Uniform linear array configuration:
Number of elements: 48
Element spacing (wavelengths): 0.5
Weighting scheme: uniform
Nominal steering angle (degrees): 60
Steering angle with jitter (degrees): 58.118
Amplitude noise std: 0.05
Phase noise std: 0.05

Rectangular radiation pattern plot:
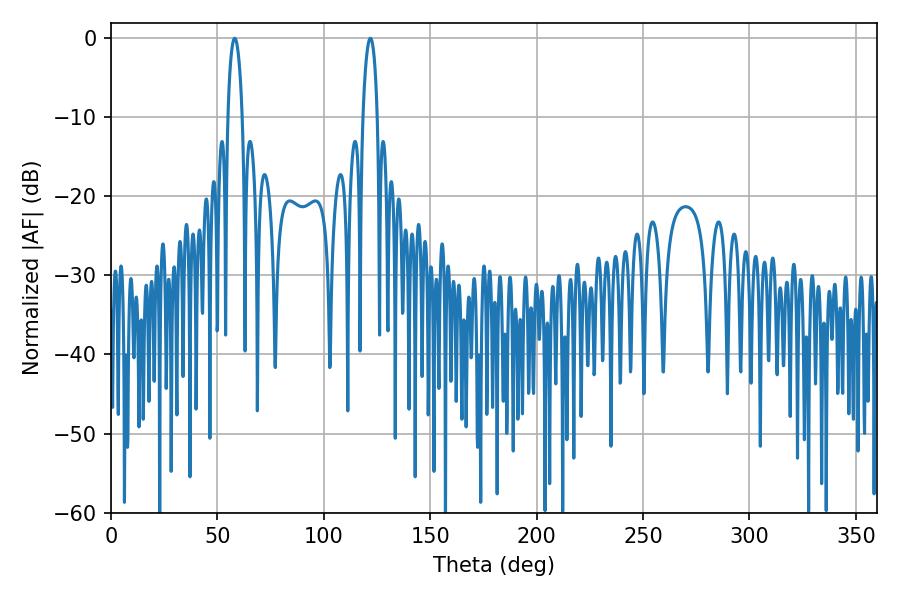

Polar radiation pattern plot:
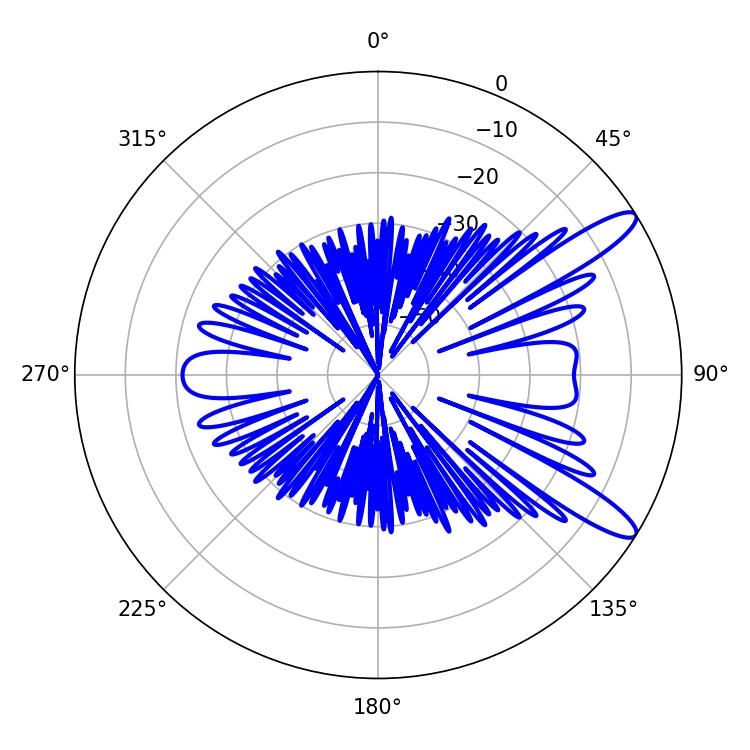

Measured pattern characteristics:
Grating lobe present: FALSE
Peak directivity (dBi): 11.802
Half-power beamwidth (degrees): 3.78
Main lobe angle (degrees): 58.14